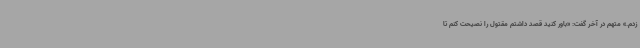
زدم.» متهم در آخر گفت: «باور کنید قصد داشتم مقتول را نصیحت کنم تا